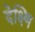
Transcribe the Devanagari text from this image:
देक्ष्णि